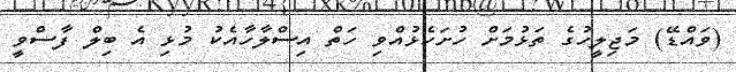
(ވައްޑޭ) މަޖިލީހުގެ ތަޅުމަށް ހުށަހެޅުއްވި ހަތް އިސްލާހާއެކު މުޅި އެ ބިލް ފާސްވީ